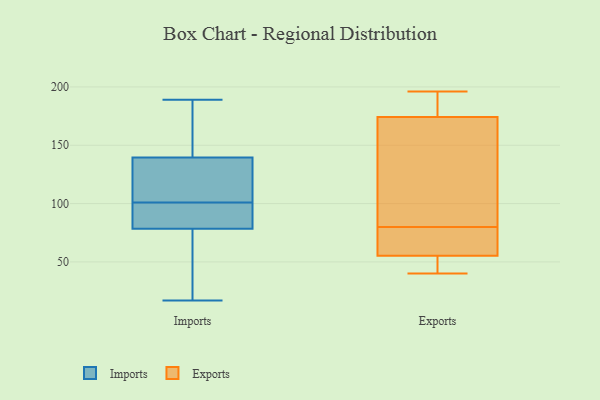
{"axis": {"x": "Market Share (%)", "y": "Value"}, "legend": ["Exports", "Imports"], "data": [{"x": "", "y": 189, "type": "Imports"}, {"x": "", "y": 95, "type": "Imports"}, {"x": "", "y": 42, "type": "Imports"}, {"x": "", "y": 126, "type": "Imports"}, {"x": "", "y": 175, "type": "Imports"}, {"x": "", "y": 73, "type": "Imports"}, {"x": "", "y": 99, "type": "Imports"}, {"x": "", "y": 122, "type": "Imports"}, {"x": "", "y": 101, "type": "Imports"}, {"x": "", "y": 17, "type": "Imports"}, {"x": "", "y": 144, "type": "Imports"}, {"x": "", "y": 160, "type": "Exports"}, {"x": "", "y": 175, "type": "Exports"}, {"x": "", "y": 172, "type": "Exports"}, {"x": "", "y": 195, "type": "Exports"}, {"x": "", "y": 45, "type": "Exports"}, {"x": "", "y": 56, "type": "Exports"}, {"x": "", "y": 55, "type": "Exports"}, {"x": "", "y": 40, "type": "Exports"}, {"x": "", "y": 64, "type": "Exports"}, {"x": "", "y": 80, "type": "Exports"}, {"x": "", "y": 196, "type": "Exports"}]}